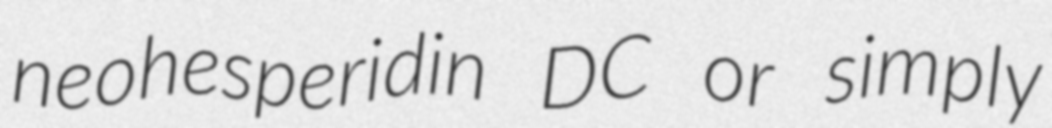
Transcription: neohesperidin DC or simply